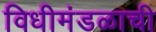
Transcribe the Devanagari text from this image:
विधीमंडळाची